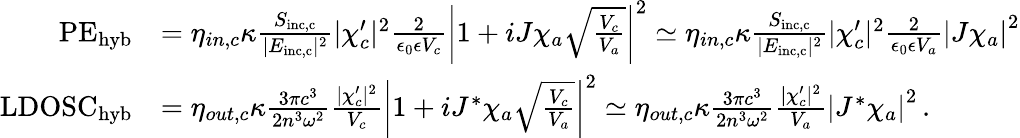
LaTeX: \begin{array}{rl}{\mathrm{PE}_{\mathrm{hyb}}}&{=\eta_{in,c}\kappa\frac{S_{\mathrm{inc,c}}}{|E_{\mathrm{inc,c}}|^{2}}|\chi_{c}^{\prime}|^{2}\frac{2}{\epsilon_{0}\epsilon V_{c}}\left|1+iJ\chi_{a}\sqrt{\frac{V_{c}}{V_{a}}}\right|^{2}\simeq\eta_{in,c}\kappa\frac{S_{\mathrm{inc,c}}}{|E_{\mathrm{inc,c}}|^{2}}|\chi_{c}^{\prime}|^{2}\frac{2}{\epsilon_{0}\epsilon V_{a}}\left|J\chi_{a}\right|^{2}}\\ {\mathrm{LDOSC}_{\mathrm{hyb}}}&{=\eta_{out,c}\kappa\frac{3\pi c^{3}}{2n^{3}\omega^{2}}\frac{|\chi_{c}^{\prime}|^{2}}{V_{c}}\left|1+iJ^{*}\chi_{a}\sqrt{\frac{V_{c}}{V_{a}}}\right|^{2}\simeq\eta_{out,c}\kappa\frac{3\pi c^{3}}{2n^{3}\omega^{2}}\frac{|\chi_{c}^{\prime}|^{2}}{V_{a}}\left|J^{*}\chi_{a}\right|^{2}\, .}\end{array}